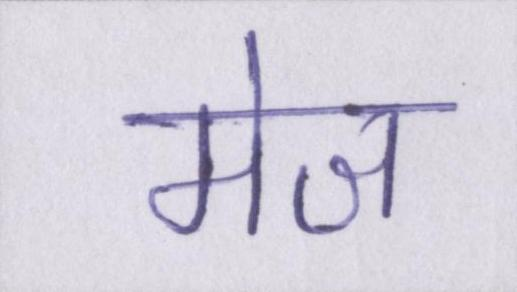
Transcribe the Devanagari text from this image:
मेज